Scottish Leaving Certificate Examination, 1960
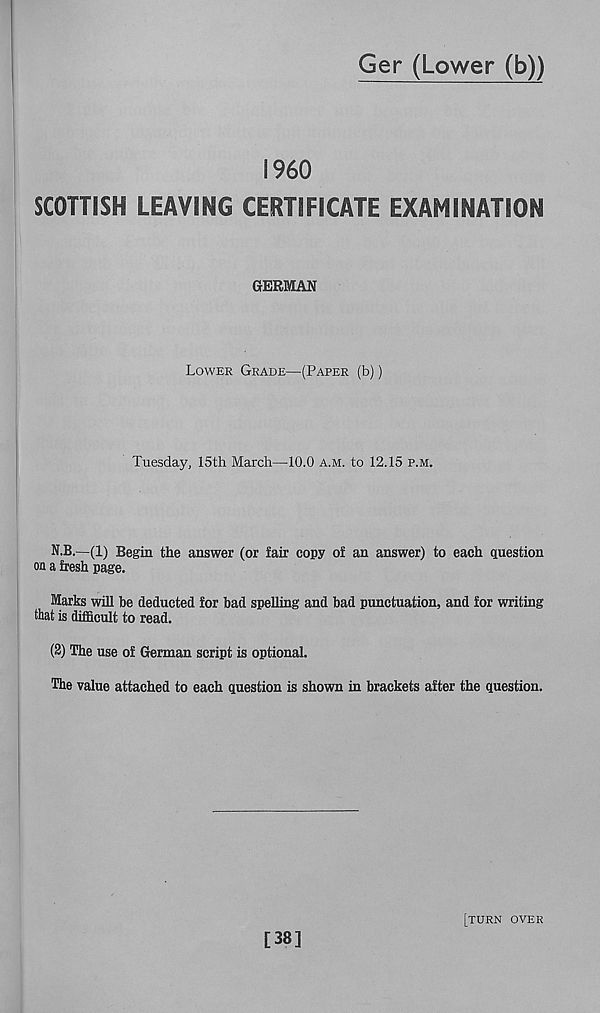
Ger (Lower (b))
I960
SCOTTISH LEAVING CERTIFICATE EXAMINATION
GERMAN
Lower Grade—(Paper (b))
Tuesday, 15th March—10.0 a.m. to 12.15 p.m.
N.B.—(1) Begin the answer (or fair copy of an answer) to each question
on a fresh page,
Marks will be deducted for bad spelling and bad punctuation, and for writing
that is difficult to read.
(2) The use of German script is optional.
The value attached to each question is shown in brackets after the question.
[38]
[turn over